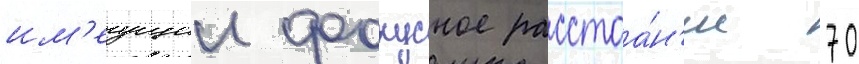
им'еущии фокусное расстоа́н'ие 70